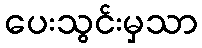
ပေးသွင်းမှသာ